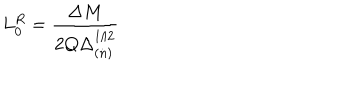
L _ { 0 } ^ { R } = \frac { \Delta M } { 2 Q \Delta _ { ( n ) } ^ { 1 / 2 } }